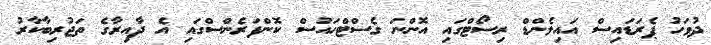
ދުވަހު ޕެރަޑައިސް އައިލެންޑް ރިސޯޓްގައި އޮންނަ ގެސްޓްހައުސް ކޮންފަރެންސްގައި އެ ދާއިރާގެ ތަޖުރިބާކާރު